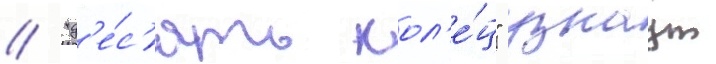
// "д'е́с'ять кол'е́ц" узнаут